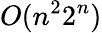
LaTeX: O(n^{2}2^{n})